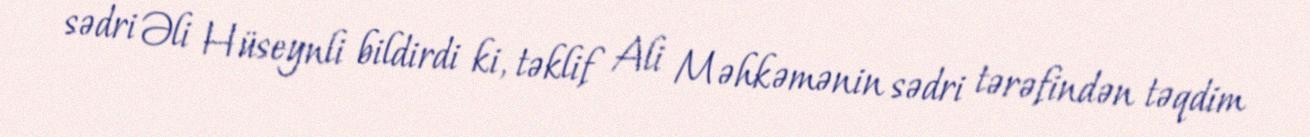
sədri Əli Hüseynli bildirdi ki, təklif Ali Məhkəmənin sədri tərəfindən təqdim